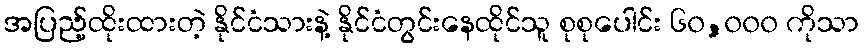
အပြည့်ထိုးထားတဲ့ နိုင်ငံသားနဲ့ နိုင်ငံတွင်းနေထိုင်သူ စုစုပေါင်း ၆၀,၀၀၀ ကိုသာ